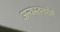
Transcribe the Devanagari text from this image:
अन्यस्तनपोषी